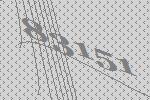
83151